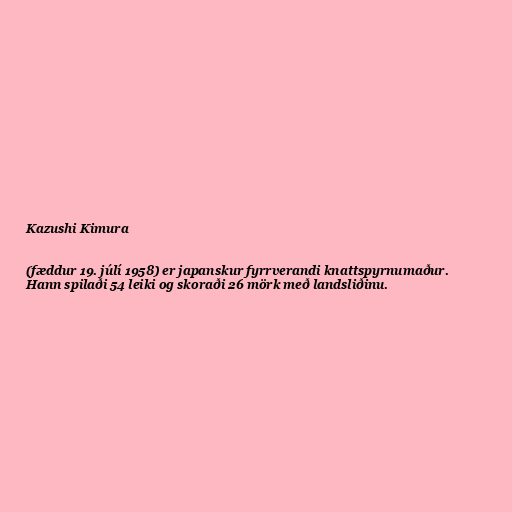
Kazushi Kimura

(fæddur 19. júlí 1958) er japanskur fyrrverandi knattspyrnumaður.
Hann spilaði 54 leiki og skoraði 26 mörk með landsliðinu.